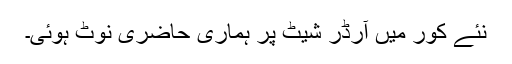
نئے کور میں آرڈر شیٹ پر ہماری حاضری نوٹ ہوئی۔